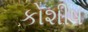
કોશીષ